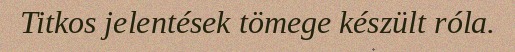
Titkos jelentések tömege készült róla.